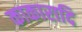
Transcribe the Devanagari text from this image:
काकारादि